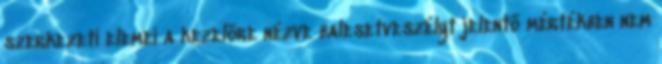
szerkezeti elemei a kezelõre nézve balesetveszélyt jelentõ mértékben nem